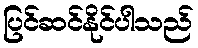
ပြင်ဆင်နိုင်ပါသည်